Scottish Leaving Certificate Examination, 1958
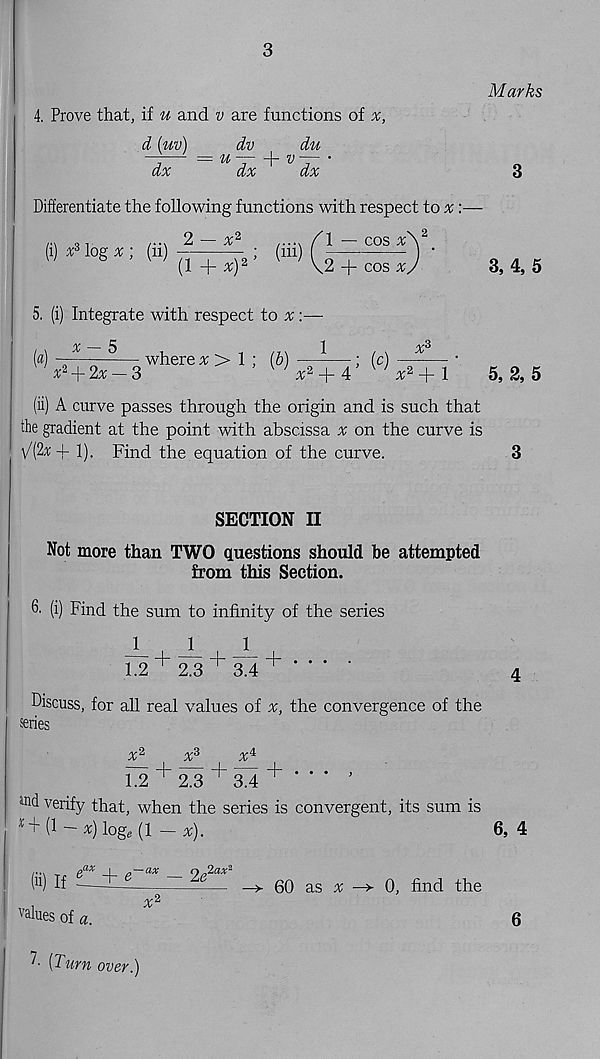
3
4. Prove that, if u and v are functions of
d (uv)
dv
du
dx
dx
dx
Differentiate the following functions with respect to ^:—
(i) x 3 log ^ ; (ii)
x*
(i+xy
; (iii)
1
cos %
2 + cos
5. (i) Integrate with respect to %
(a)
x — 5
+ 2% - 3
where % > 1 ; (5)
1
; (c)
x°
x 2
4
x 2 + 1
(ii) A curve passes through the origin and is such that
the gradient at the point with abscissa ^ on the curve is
\/(2* + 1). Find the equation of the curve.
SECTION II
Not more than TWO questions should be attempted
from this Section.
& (i) Find the sum to infinity of the series
J
1
1
1.2 + 2.3 + 3.4 + ' ' ' -
Discuss, for all real values of x, the convergence of the
series
x 2
x 3
x^
F2 + 2^3 + a4 + ' ‘ ' ’
and verify that, when the series is convergent, its sum is
*+ (1 - x) log, (1 — x).
(ii) If
g ^
2e
val ues of a.
60 as % —> 0, find the
'• ^Xurn over.)
Marks
3
3, 4,5
5, 2, 5
3
4
6, 4
6